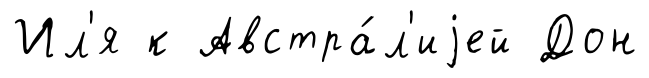
Ил'я к Австра́л'иjей Дон